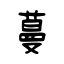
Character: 蔓